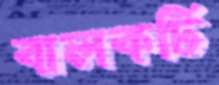
বালকটি